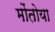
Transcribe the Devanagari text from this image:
मोंतोया